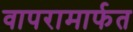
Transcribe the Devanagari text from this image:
वापरामार्फत